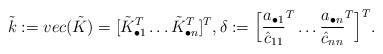
LaTeX: \begin{align*} \Tilde{k} := vec(\Tilde{K}) =[\Tilde{K}_{\bullet 1}^T \ldots \Tilde{K}_{\bullet n}^T]^T, \delta := \Big[\frac{a_{\bullet 1}}{\hat{c}_{11}}^T \ldots \frac{a_{\bullet n}}{\hat{c}_{nn}}^T \Big]^T. \end{align*}